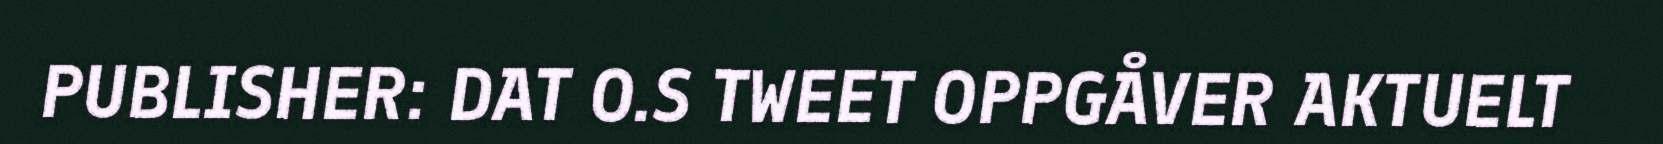
PUBLISHER: DAT O.S TWEET OPPGÅVER AKTUELT